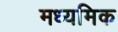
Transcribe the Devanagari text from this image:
मध्यमिक